Report of the Indian Hemp Drugs Commission, 1894-1895 - Volume VI
Year: 1894
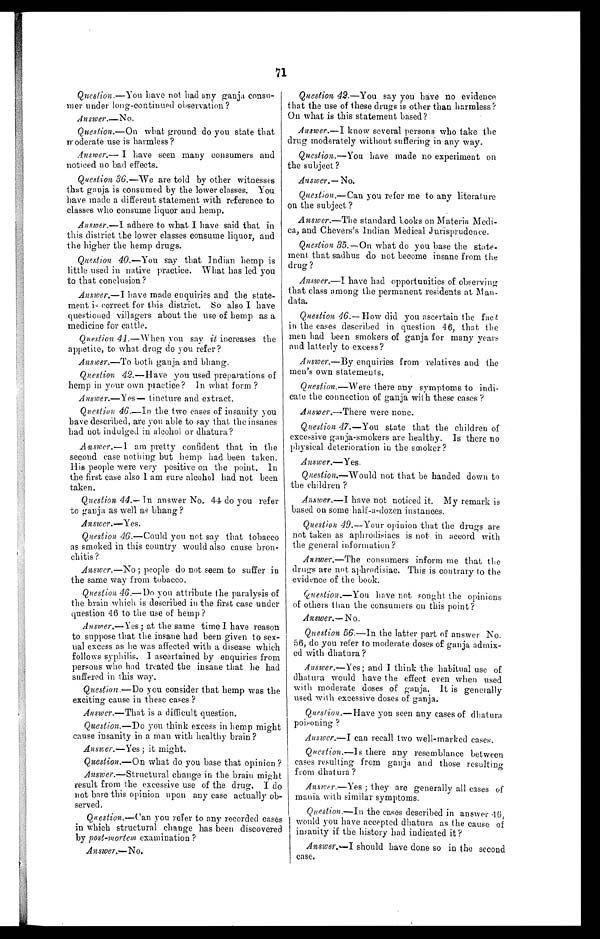
71
Question. —You have not had any ganja consu-
mer under long-continued observation?
Answer.— No.
Question.— On what ground do you state that
moderate use is harmless?
Answer.— I have seen many consumers and
noticed no bad effects.
Question 36 .—We are told by other witnesses
that ganja is consumed by the lower classes. You
have made a different statement with reference to
classes who consume liquor and hemp.
Answer.— I adhere to what I have said that in
this district the lower classes consume liquor, and
the higher the hemp drugs.
Question 40 .—You say that Indian hemp is
little used in native practice. What has led you
to that conclusion?
Answer.
—
I
have made enquiries and the state-
ment is correct for this district. So also I have
questioned villagers about the use of hemp as a
medicine for cattle.
Question 41 .—When you say it increases the
appetite, to what drug do you refer?
Answer.—To both ganja and bhang.
Question 42 .—Have you used preparations of
hemp in your own practice? In what form?
Answer.— Yes — tincture and extract.
Question 46 .—In the two cases of insanity you
have described, are you able to say that the insanes
had not indulged in alcohol or dhatura?
Answer.
—
I am pretty confident that in the
second case nothing but hemp had been taken.
His people were very positive on the point. In
the first case also I am sure alcohol had not been
taken.
Question 44.— In answer No. 44 do you refer
to ganja as well as bhang?
A n s w e r .
—
Yes .
Question. 46 .—Could you not say that tobacco
as smoked in this country would also cause bron-
chitis?
Answer.— No; people do not seem to suffer in
the same way from tobacco.
Question 46.—Do you attribute the paralysis of
the brain which is described in the first case under
question 46 to the use of hemp?
Answer.— Yes; at the same time I have reason
to suppose that the insane had been given to sex-
ual excess as he was affected with a disease which
follows syphilis. I ascertained by enquiries from
persons who had treated the insane that he had
suffered in this way.
Question.— Do you consider that hemp was the
exciting cause in these cases?
Answer.— That is a difficult question.
Question.— Do you think excess in hemp might
cause insanity in a man with healthy brain?
Answer.— Yes; it might.
Question.— On what do you base that opinion?
Answer .—Structural change in the brain might
result from the excessive use of the drug. I do
not base this opinion upon any case actually ob--
served.
Question .—Can you refer to any recorded cases
in which structural change has been discovered
by post-mortem examination?
Answer.— No .
Question 42 .—You say you have no evidence
that the use of these drugs is other than harmless?
On what is this statement based?
Answer.— I know several persons who take the
drug moderately without suffering in any way.
Question.— You have made no experiment on
the subject?
Answer. — No.
Question .—Can you refer me to any literature
on the subject?
Answer.— The standard Looks on Materia Medi-
ca, and Chevers's Indian Medical Jurisprudence.
Question 35 .—On what do you base the state-
ment that sadhus do not become insane from the
drug?
Answer.
—I
have had opportunities of observing
that class among the permanent residents at Man
-
data.
Question 46.— How did you ascertain the fact
in the cases described in question 46, that the
men had been smokers of ganja for many years
and latterly to excess?
Answer.— By enquiries from relatives and the
men's own statements.
Question.—Were there any symptoms to indi-
cate the connection of ganja with these cases?
Answer.— There were none.
Question 47 .—You state that the children of
excessive ganja-smokers are healthy. Is there no
physical deterioration in the smoker?
Answer.--- Yes .
Question.— Would not that be handed down to
the children?
Answer.— I have not noticed it. My remark is
based on some half-a-dozen instances.
Question 49 .—Your opinion that the drugs are
not taken as aphrodisiacs is not in accord with
the general information?
Answer.— The consumers inform me that the
drugs are not aphrodisiac. This is contrary to the
evidence of the book.
Question.—You have not sought the opinions
of others than the consumers on this point?
Answer.— No.
Question 56 .—In the latter part of answer No.
56, do you refer to moderate doses of ganja admix-
ed with dhatura?
Answer.—Yes; and I think the habitual use of
dhatura would have the effect even when used
with moderate doses of ganja. It is generally
used with excessive doses of ganja.
Question.— Have you seen any cases of dhatura
poisoning?
Answer.— I can recall two well-marked cases.
Question .—Is there any resemblance between
cases resulting from ganja and those resulting
from dhatura?
Answer.— Yes; they are generally all cases of
mania with similar symptoms.
Question.— In the cases described in answer 46,
would you have accepted dhatura as the cause of
insanity if the history had indicated it?
Answer.— I should have done so in the second
case.